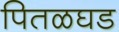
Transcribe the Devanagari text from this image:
पितळघड